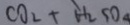
C O _ { 2 } + H _ { 2 } S O _ { 4 }